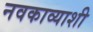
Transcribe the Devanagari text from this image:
नवकाव्याशी